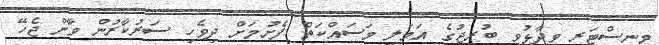
މިނިސްޓަރ ވިދާޅުވީ ބުރިޖުގެ އަމަލީ މަސައްކަތް ފެށުމަށް ދިވެހި ސަރުކާރުން ވާން ޖެހޭ